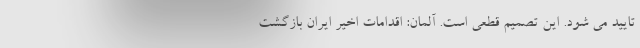
تایید می شود. این تصمیم قطعی است. آلمان: اقدامات اخیر ایران بازگشت